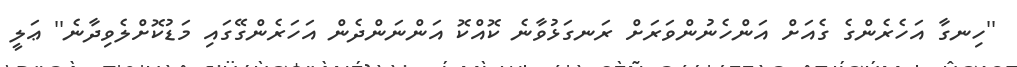
''ހިނގާ އަހެރެންގެ ގެއަށް އަންހެނުންވަރަށް ރަނގަޅުވާނެ ކޮއްކޮ އަންނަންދެން އަހަރެންގޭގައި މަޑުކޮށްލެވިދާނެ'' ޢަލީ